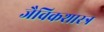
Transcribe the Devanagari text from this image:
जैविकशास्त्र